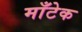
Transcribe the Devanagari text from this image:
माँटेक